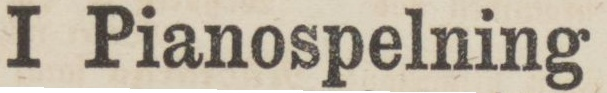
I Pianospelning